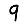
Digit: 9